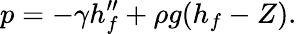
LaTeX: p=-\gamma h_{f}^{\prime\prime}+\rho g(h_{f}-Z).